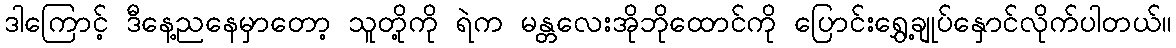
ဒါကြောင့် ဒီနေ့ညနေမှာတော့ သူတို့ကို ရဲက မန္တလေးအိုဘိုထောင်ကို ပြောင်းရွှေ့ချုပ်နှောင်လိုက်ပါတယ်။